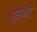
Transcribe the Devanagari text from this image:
सुसीनेट